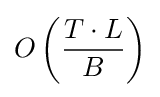
O\left({T\cdot L \over B}\right)